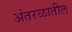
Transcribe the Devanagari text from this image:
अंतरळातील